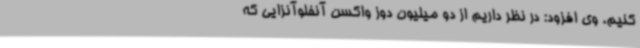
کنیم. وی افزود: در نظر داریم از دو میلیون دوز واکسن آنفلوآنزایی که